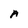
Character: A